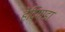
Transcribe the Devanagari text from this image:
हेदिपाडा